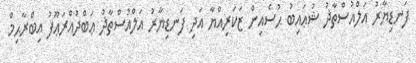
ފަނޑިޔާރު އަލްއުސްތާޛު ޝުޢައިބު ޙުސެއިން ޒަކަރިއްޔާ އަދި ފަނޑިޔާރު އަލްއުސްތާޛު ޢަބްދުއްރަޢޫފު އިބްރާޙިމް